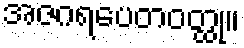
အဇဂရပေတဝတ္ထု။